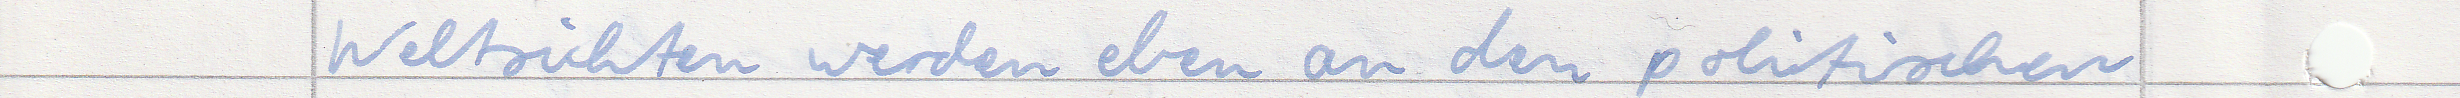
Weltsichten werden eben an den politischen